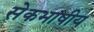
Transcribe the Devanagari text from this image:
सेेकभाषीय